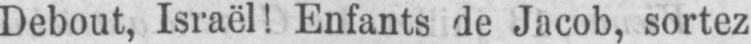
Debout, Israël! Enfants de Jacob, sortez